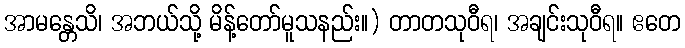
အာမန္တေသိ၊ အဘယ်သို့ မိန့်တော်မူသနည်း။) တာတသုဝီရ၊ အချင်းသုဝီရ။ ဧတေ